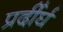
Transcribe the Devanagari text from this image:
प्रर्दीर्घ